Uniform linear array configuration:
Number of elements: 16
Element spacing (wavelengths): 0.25
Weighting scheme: hamming
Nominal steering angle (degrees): -30
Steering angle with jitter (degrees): -29.182
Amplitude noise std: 0.05
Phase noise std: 0.05

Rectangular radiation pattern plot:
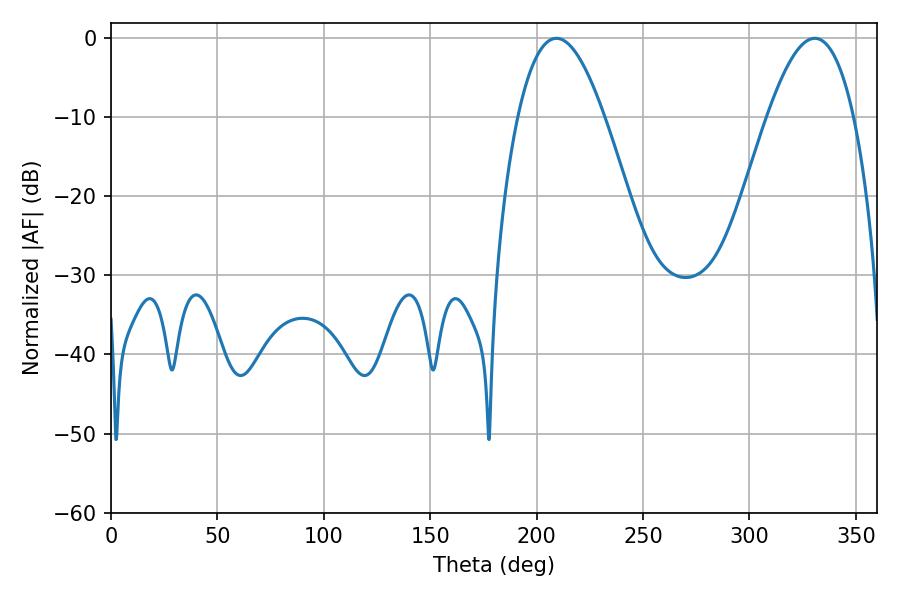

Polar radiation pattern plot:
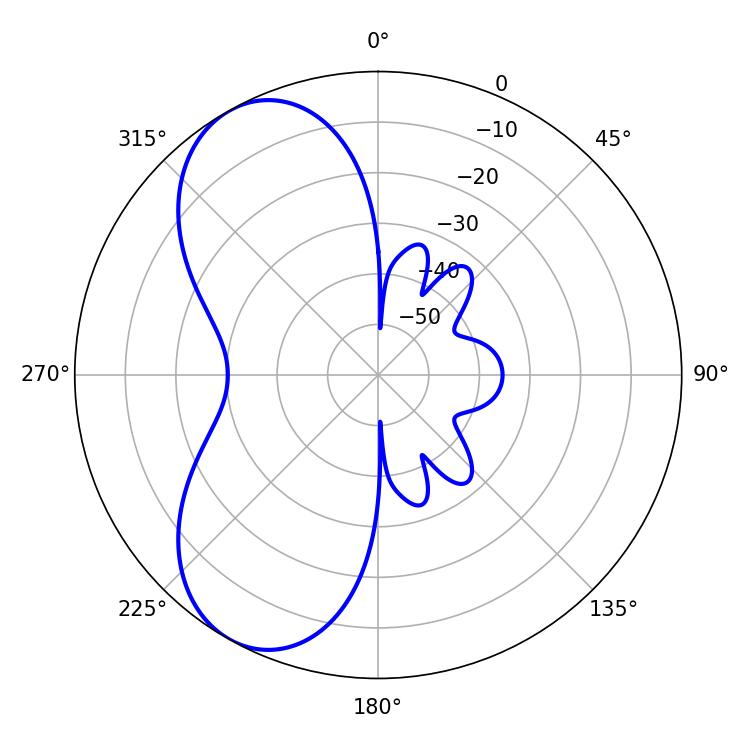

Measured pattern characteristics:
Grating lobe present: FALSE
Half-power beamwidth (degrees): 22.14
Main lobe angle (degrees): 209.34